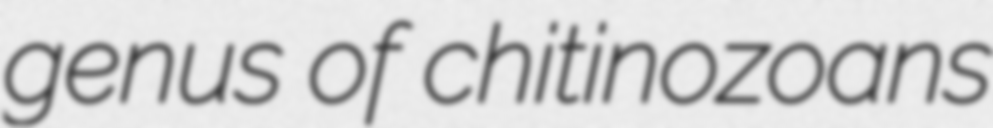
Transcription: genus of chitinozoans